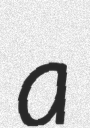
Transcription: a